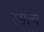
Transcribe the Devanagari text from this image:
रसत्व